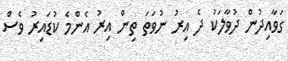
ގަވާއިދުން ދުވާލަކު ދެ އިރު ނުވަތަ ތިން އިރު އެންމެ ކުޑައިރު ވެސް